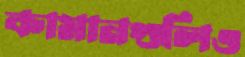
কামানগুলিও